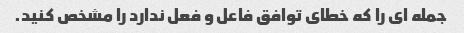
جمله ای را که خطای توافق فاعل و فعل ندارد را مشخص کنید.